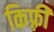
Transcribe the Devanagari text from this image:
किफ़्री